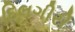
દિલગીરી